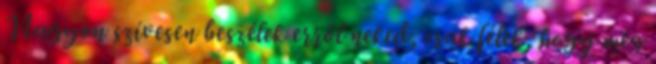
Nagyon szívesen beszélek erről neked, csak félek, hogy még